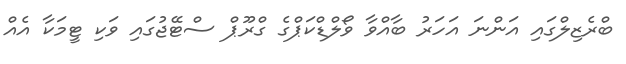
ބްރެޒިލްގައި އަންނަ އަހަރު ބާއްވާ ވޯލްޑްކަޕްގެ ގްރޫޕް ސްޓޭޖުގައި ވަކި ޓީމަކާ އެއް